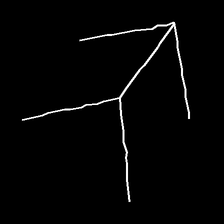
Glyph: gather